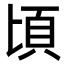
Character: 頃